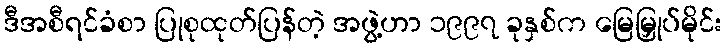
ဒီအစီရင်ခံစာ ပြုစုထုတ်ပြန်တဲ့ အဖွဲ့ဟာ ၁၉၉၇ ခုနှစ်က မြေမြှုပ်မိုင်း